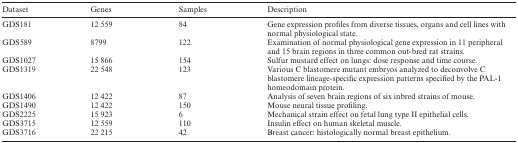
<table><thead><tr><td><b>Dataset</b></td><td><b>Genes</b></td><td><b>Samples</b></td><td><b>Description</b></td></tr></thead><tbody><tr><td>GDS181</td><td>12 559</td><td>84</td><td>Gene expression profiles from diverse tissues, organsand cell lines with normal physiological state.</td></tr><tr><td>GDS589</td><td>8799</td><td>122</td><td>Examination of normal physiological gene expression in11 peripheral and 15 brain regions in three common out-bred rat strains.</td></tr><tr><td>GDS1027</td><td>15 866</td><td>154</td><td>Sulfur mustard effect on lungs: dose response and timecourse.</td></tr><tr><td>GDS1319</td><td>22 548</td><td>123</td><td>Various C blastomere mutant embryos analyzed todeconvolve C blastomere lineage-specific expression patterns specified by thePAL-1 homeodomain protein.</td></tr><tr><td>GDS1406</td><td>12 422</td><td>87</td><td>Analysis of seven brain regions of six inbred strains ofmouse.</td></tr><tr><td>GDS1490</td><td>12 422</td><td>150</td><td>Mouse neural tissue profiling.</td></tr><tr><td>GDS2225</td><td>15 923</td><td>6</td><td>Mechanical strain effect on fetal lung type IIepithelial cells.</td></tr><tr><td>GDS3715</td><td>12 559</td><td>110</td><td>Insulin effect on human skeletal muscle.</td></tr><tr><td>GDS3716</td><td>22 215</td><td>42</td><td>Breast cancer: histologically normal breastepithelium.</td></tr></tbody></table>